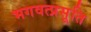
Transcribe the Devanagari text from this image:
भगवत्प्रसूति